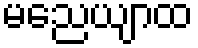
မညေယျာထ